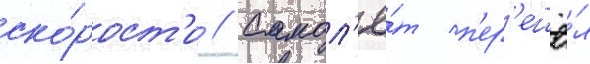
ско́рост'и // Самол'ё́т п'ер'ешё́л